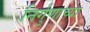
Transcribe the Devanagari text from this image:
निर्गुणाच्या